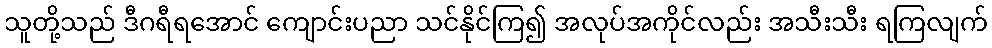
သူတို့သည် ဒီဂရီရအောင် ကျောင်းပညာ သင်နိုင်ကြ၍ အလုပ်အကိုင်လည်း အသီးသီး ရကြလျက်